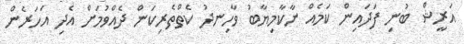
އަރީޝް ބުނި ފަދައިން ކަމެއް ނާކާމިޔާބު ވާހިނދު ކެތްތެރިކަން ދެއްވުމަށް އެދި އަހަރެން